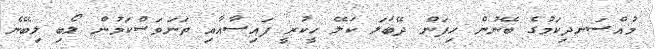
މުއްސަނދިކަމުގެ ބޭނުން ހިފަން ދޭބަލަ ކަލޭ ހީކުރީ ފައިސާއާއި ތަނަވަސްކަމުން ލޯބި ލިބޭނެ